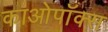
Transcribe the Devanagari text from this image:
काओपॉक्स